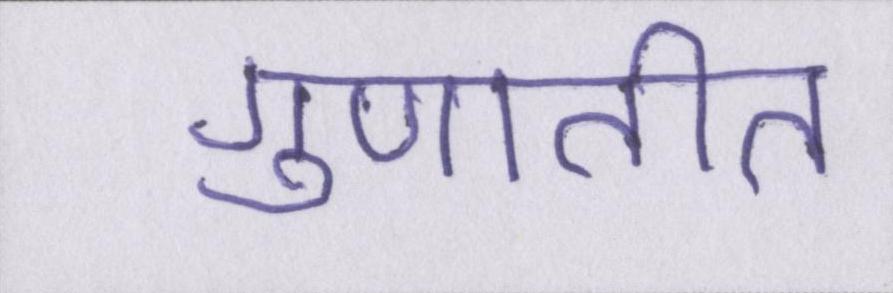
गुणातीत